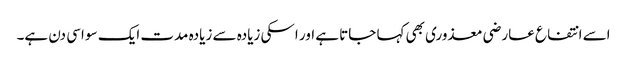
اسے انتفاع عارضی معذوری بھی کہا جاتا ہے اور اسکی زیادہ سے زیادہ مدت ایک سو اسی دن ہے۔